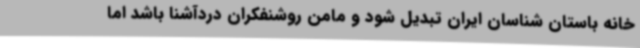
خانه باستان شناسان ایران تبدیل شود و مامن روشنفکران دردآشنا باشد اما